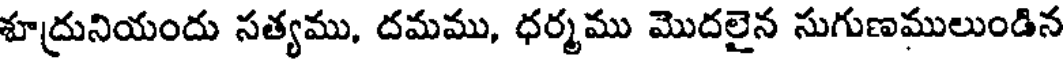
శూద్రునియందు సత్యము, దమము, ధర్మము మొదలైన సుగుణములుండిన